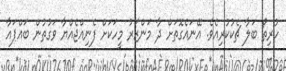
ހުރިތޯ ބަލާ ޗެކުކުރިއެވެ. އޭނައެގޮތަށް ދާ މަންޒަރު މީހަކަށް ފެނިއްޖެއްޔާ ވަގުތުން ބައްޕައާ